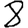
Digit: 8